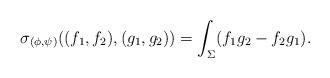
LaTeX: \begin{align*}\sigma_{(\phi,\psi)}((f_1, f_2), (g_1, g_2)) = \int_\Sigma (f_1 g_2 - f_2 g_1).\end{align*}